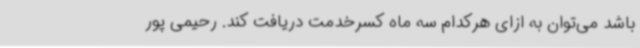
باشد می‌توان به ازای هرکدام سه ماه کسرخدمت دریافت کند. رحیمی پور